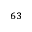
^ { 6 3 }